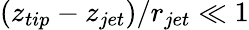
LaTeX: (z_{tip}-z_{jet})/r_{jet}\ll 1